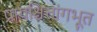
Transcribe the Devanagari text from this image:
प्रायश्चित्तांगभूत